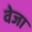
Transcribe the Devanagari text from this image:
वेजा